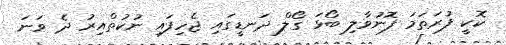
ކޮކީ ފުރަތަމަ ފޮނުވާލި ބޯޅަ ގޯލް ދަނޑީގައި ޖެހިފައި ނުކުތްއިރު ދެ ވަނަ